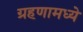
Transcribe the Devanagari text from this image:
ग्रहणामध्ये